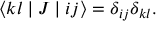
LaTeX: \langle k l \mid J \mid i j \rangle = \delta _ { i j } \delta _ { k l } .